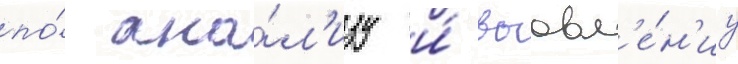
по́ ана́л'изу и́ выавл'е́н'иу